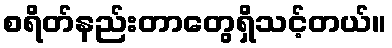
စရိတ်နည်းတာတွေရှိသင့်တယ်။